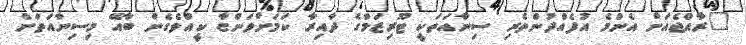
"ރާއްޖެއަށް އެންމެ އުފެއްދުންތެރި ސިނާއަތަކީ ޓޫރިޒަމްގެ ދާއިރާ ކަމަށްވަންޏާ ކީއްވެގެން ބާއޭ މިސިނާއަތަށް